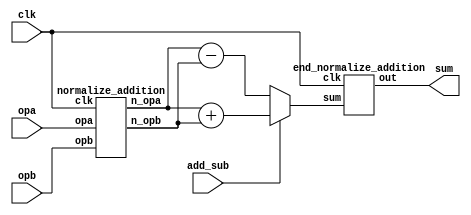
`timescale 1ns / 100ps
`define BIT_SIZE 31
`define EXP_SIZE 7
`define EXP_BIAS 127

module addition(clk, add_sub, opa, opb, sum);
  input clk, add_sub;
  input [`BIT_SIZE:0] opa, opb;
  output [`BIT_SIZE:0] sum;



  wire [`BIT_SIZE:0] opa_normal, opb_normal, sum_normal;

  normalize_addition m1(clk, opa, opb, opa_normal, opb_normal);

  assign sum_normal = add_sub ? (opa_normal + opb_normal) : (opa_normal - opb_normal); // TODO Change this to only add exponents

  end_normalize_addition m2(clk,sum_normal, sum);


endmodule // n - bit addition

module normalize_addition(clk, opa, opb, n_opa, n_opb); //Normalizes the two numbers
input clk;
input [`BIT_SIZE:0] opa, opb;
output [`BIT_SIZE:0] n_opa, n_opb;

  wire opa_sign, opb_sign; // Declare sign bits for each operand
  wire[`EXP_SIZE:0] opa_exp, opb_exp;
  wire[`BIT_SIZE - `EXP_SIZE:0] opa_mant, opb_mant;

  wire[`EXP_SIZE:0] small_shift;

  wire opa_larger;
  assign opa_larger = opa_exp >= opb_exp;

  assign opa_sign = opa[`BIT_SIZE];
  assign opb_sign = opb[`BIT_SIZE];

  assign opa_exp = opa[`BIT_SIZE-1: (`BIT_SIZE-1) - `EXP_SIZE];
  assign opb_exp = opb[`BIT_SIZE-1: (`BIT_SIZE-1) - `EXP_SIZE];

  assign opa_mant = opa[(`BIT_SIZE-1) - `EXP_SIZE - 1 : 0];
  assign opb_mant = opb[(`BIT_SIZE-1) - `EXP_SIZE - 1 : 0];

  assign small_shift = opa_larger ? (opa_exp - opb_exp) : (opb_exp - opa_exp);


  //assign n_opa = opa_larger ? opa : opa << small_shift;
  //assign n_opb = opa_larger ? opb << small_shift : opb;

  always @ (clk) begin
    $display ("small shift: %b\t opa_exp : %b\t opb_exp: %b\n\n\n\n",small_shift, opa_exp, opb_exp);
  end



endmodule // normalize_addition

module end_normalize_addition (clk,sum,out); // Takes a number and normalizes it
input clk;
input [`BIT_SIZE:0] sum;
output [`BIT_SIZE:0] out;

parameter num = 4;


always @ (clk) begin

  $display ("param = %d",num);
end
  assign out = sum;

endmodule